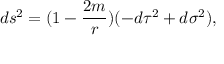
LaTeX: d s ^ { 2 } = ( 1 - \frac { 2 m } { r } ) ( - d \tau ^ { 2 } + d \sigma ^ { 2 } ) ,